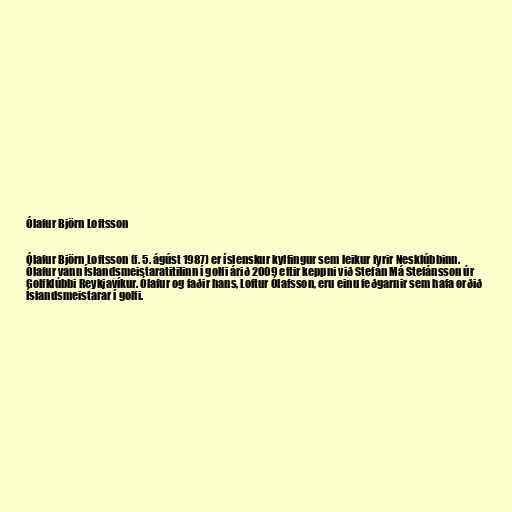
Ólafur Björn Loftsson

Ólafur Björn Loftsson (f. 5. ágúst 1987) er íslenskur kylfingur sem leikur fyrir Nesklúbbinn.
Ólafur vann Íslandsmeistaratitilinn í golfi árið 2009 eftir keppni við Stefán Má Stefánsson úr
Golfklúbbi Reykjavíkur. Ólafur og faðir hans, Loftur Ólafsson, eru einu feðgarnir sem hafa orðið
Íslandsmeistarar í golfi.